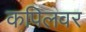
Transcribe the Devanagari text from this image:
कपिलवर